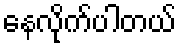
နေလိုက်ပါတယ်